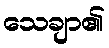
သေချာ၏